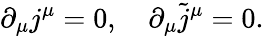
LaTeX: \partial_{\mu}j^{\mu}=0,\quad\partial_{\mu}\widetilde{j}^{\mu}=0.